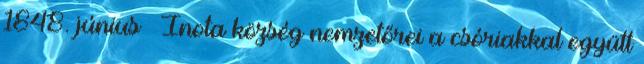
1848. június – Inota község nemzetőrei a csóriakkal együtt